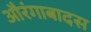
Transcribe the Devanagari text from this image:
औरंगाबादस